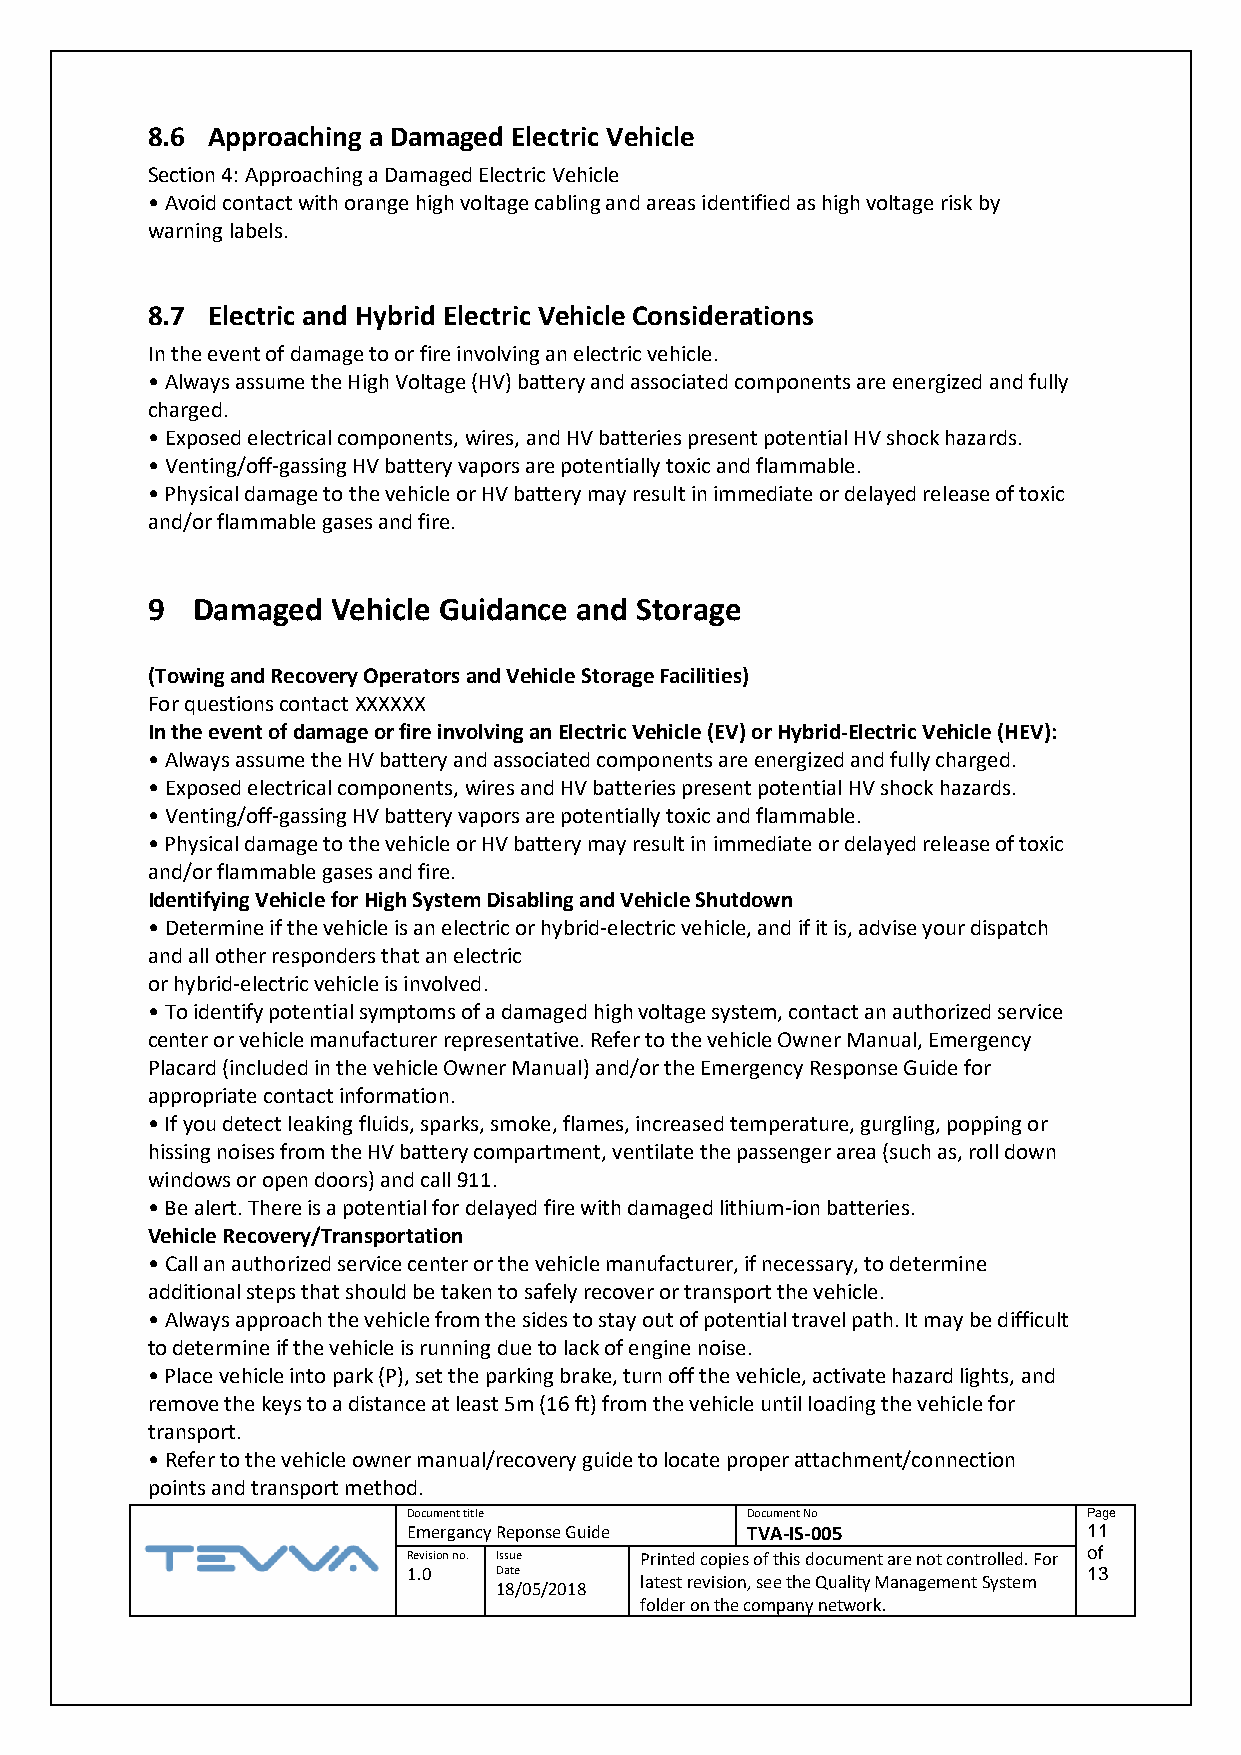
8.6 Approaching a Damaged Electric Vehicle
 Section 4: Approaching a Damaged Electric Vehicle
 • Avoid contact with orange high voltage cabling and areas identified as high voltage risk by
 warning labels.
 8.7 Electric and Hybrid Electric Vehicle Considerations
 In the event of damage to or fire involving an electric vehicle.
 • Always assume the High Voltage (HV) battery and associated components are energized and fully
 charged.
 • Exposed electrical components, wires, and HV batteries present potential HV shock hazards.
 • Venting/off-gassing HV battery vapors are potentially toxic and flammable.
 • Physical damage to the vehicle or HV battery may result in immediate or delayed release of toxic
 and/or flammable gases and fire.
 9  Damaged  Vehicle Guidance and Storage
 (Towing and Recovery Operators and Vehicle Storage Facilities)
 For questions contact XXXXXX
 In the event of damage or fire involving an Electric Vehicle (EV) or Hybrid-Electric Vehicle (HEV):
 • Always assume the HV battery and associated components are energized and fully charged.
 • Exposed electrical components, wires and HV batteries present potential HV shock hazards.
 • Venting/off-gassing HV battery vapors are potentially toxic and flammable.
 • Physical damage to the vehicle or HV battery may result in immediate or delayed release of toxic
 and/or flammable gases and fire.
 Identifying Vehicle for High System Disabling and Vehicle Shutdown
 • Determine if the vehicle is an electric or hybrid-electric vehicle, and if it is, advise your dispatch
 and all other responders that an electric
 or hybrid-electric vehicle is involved.
 • To identify potential symptoms of a damaged high voltage system, contact an authorized service
 center or vehicle manufacturer representative. Refer to the vehicle Owner Manual, Emergency
 Placard (included in the vehicle Owner Manual) and/or the Emergency Response Guide for
 appropriate contact information.
 • If you detect leaking fluids, sparks, smoke, flames, increased temperature, gurgling, popping or
 hissing noises from the HV battery compartment, ventilate the passenger area (such as, roll down
 windows or open doors) and call 911.
 • Be alert. There is a potential for delayed fire with damaged lithium-ion batteries.
 Vehicle Recovery/Transportation
 • Call an authorized service center or the vehicle manufacturer, if necessary, to determine
 additional steps that should be taken to safely recover or transport the vehicle.
 • Always approach the vehicle from the sides to stay out of potential travel path. It may be difficult
 to determine if the vehicle is running due to lack of engine noise.
 • Place vehicle into park (P), set the parking brake, turn off the vehicle, activate hazard lights, and
 remove the keys to a distance at least 5m (16 ft) from the vehicle until loading the vehicle for
 transport.
 • Refer to the vehicle owner manual/recovery guide to locate proper attachment/connection
 points and transport method.
 Document title        Document No            Page
 Emergancy Reponse Guide TVA-IS-005           11
 Revision no. Issue Printed copies of this document are not controlled. For of
 1.0   Date                                   13
 latest revision, see the Quality Management System
 18/05/2018
 folder on the company network.